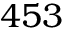
4 5 3